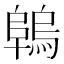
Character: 𨻑